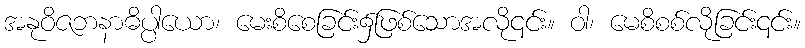
အနုဝိဇဘနာဓိပ္ပါယော၊ မေးစိစေခြင်း၌ဖြစ်သောအလို၎င်း။ ဝါ၊ မေစိစစ်လိုခြင်း၎င်း။